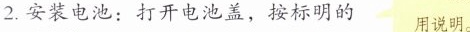
2.安装电池：打开电池盖，按标明的 用说明。